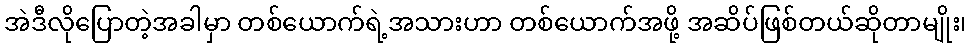
အဲဒီလိုပြောတဲ့အခါမှာ တစ်ယောက်ရဲ့အသားဟာ တစ်ယောက်အဖို့ အဆိပ်ဖြစ်တယ်ဆိုတာမျိုး၊